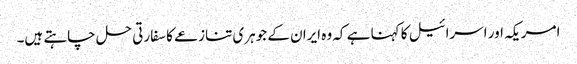
امریکہ اور اسرائیل کا کہنا ہے کہ وہ ایران کے جوہری تنازعے کا سفارتی حل چاہتے ہیں۔